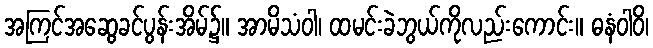
အကြင်အဆွေခင်ပွန်းအိမ်၌။ အာမိသံဝါ၊ ထမင်းခဲဘွယ်ကိုလည်းကောင်း။ ဓနံဝါဝိ၊